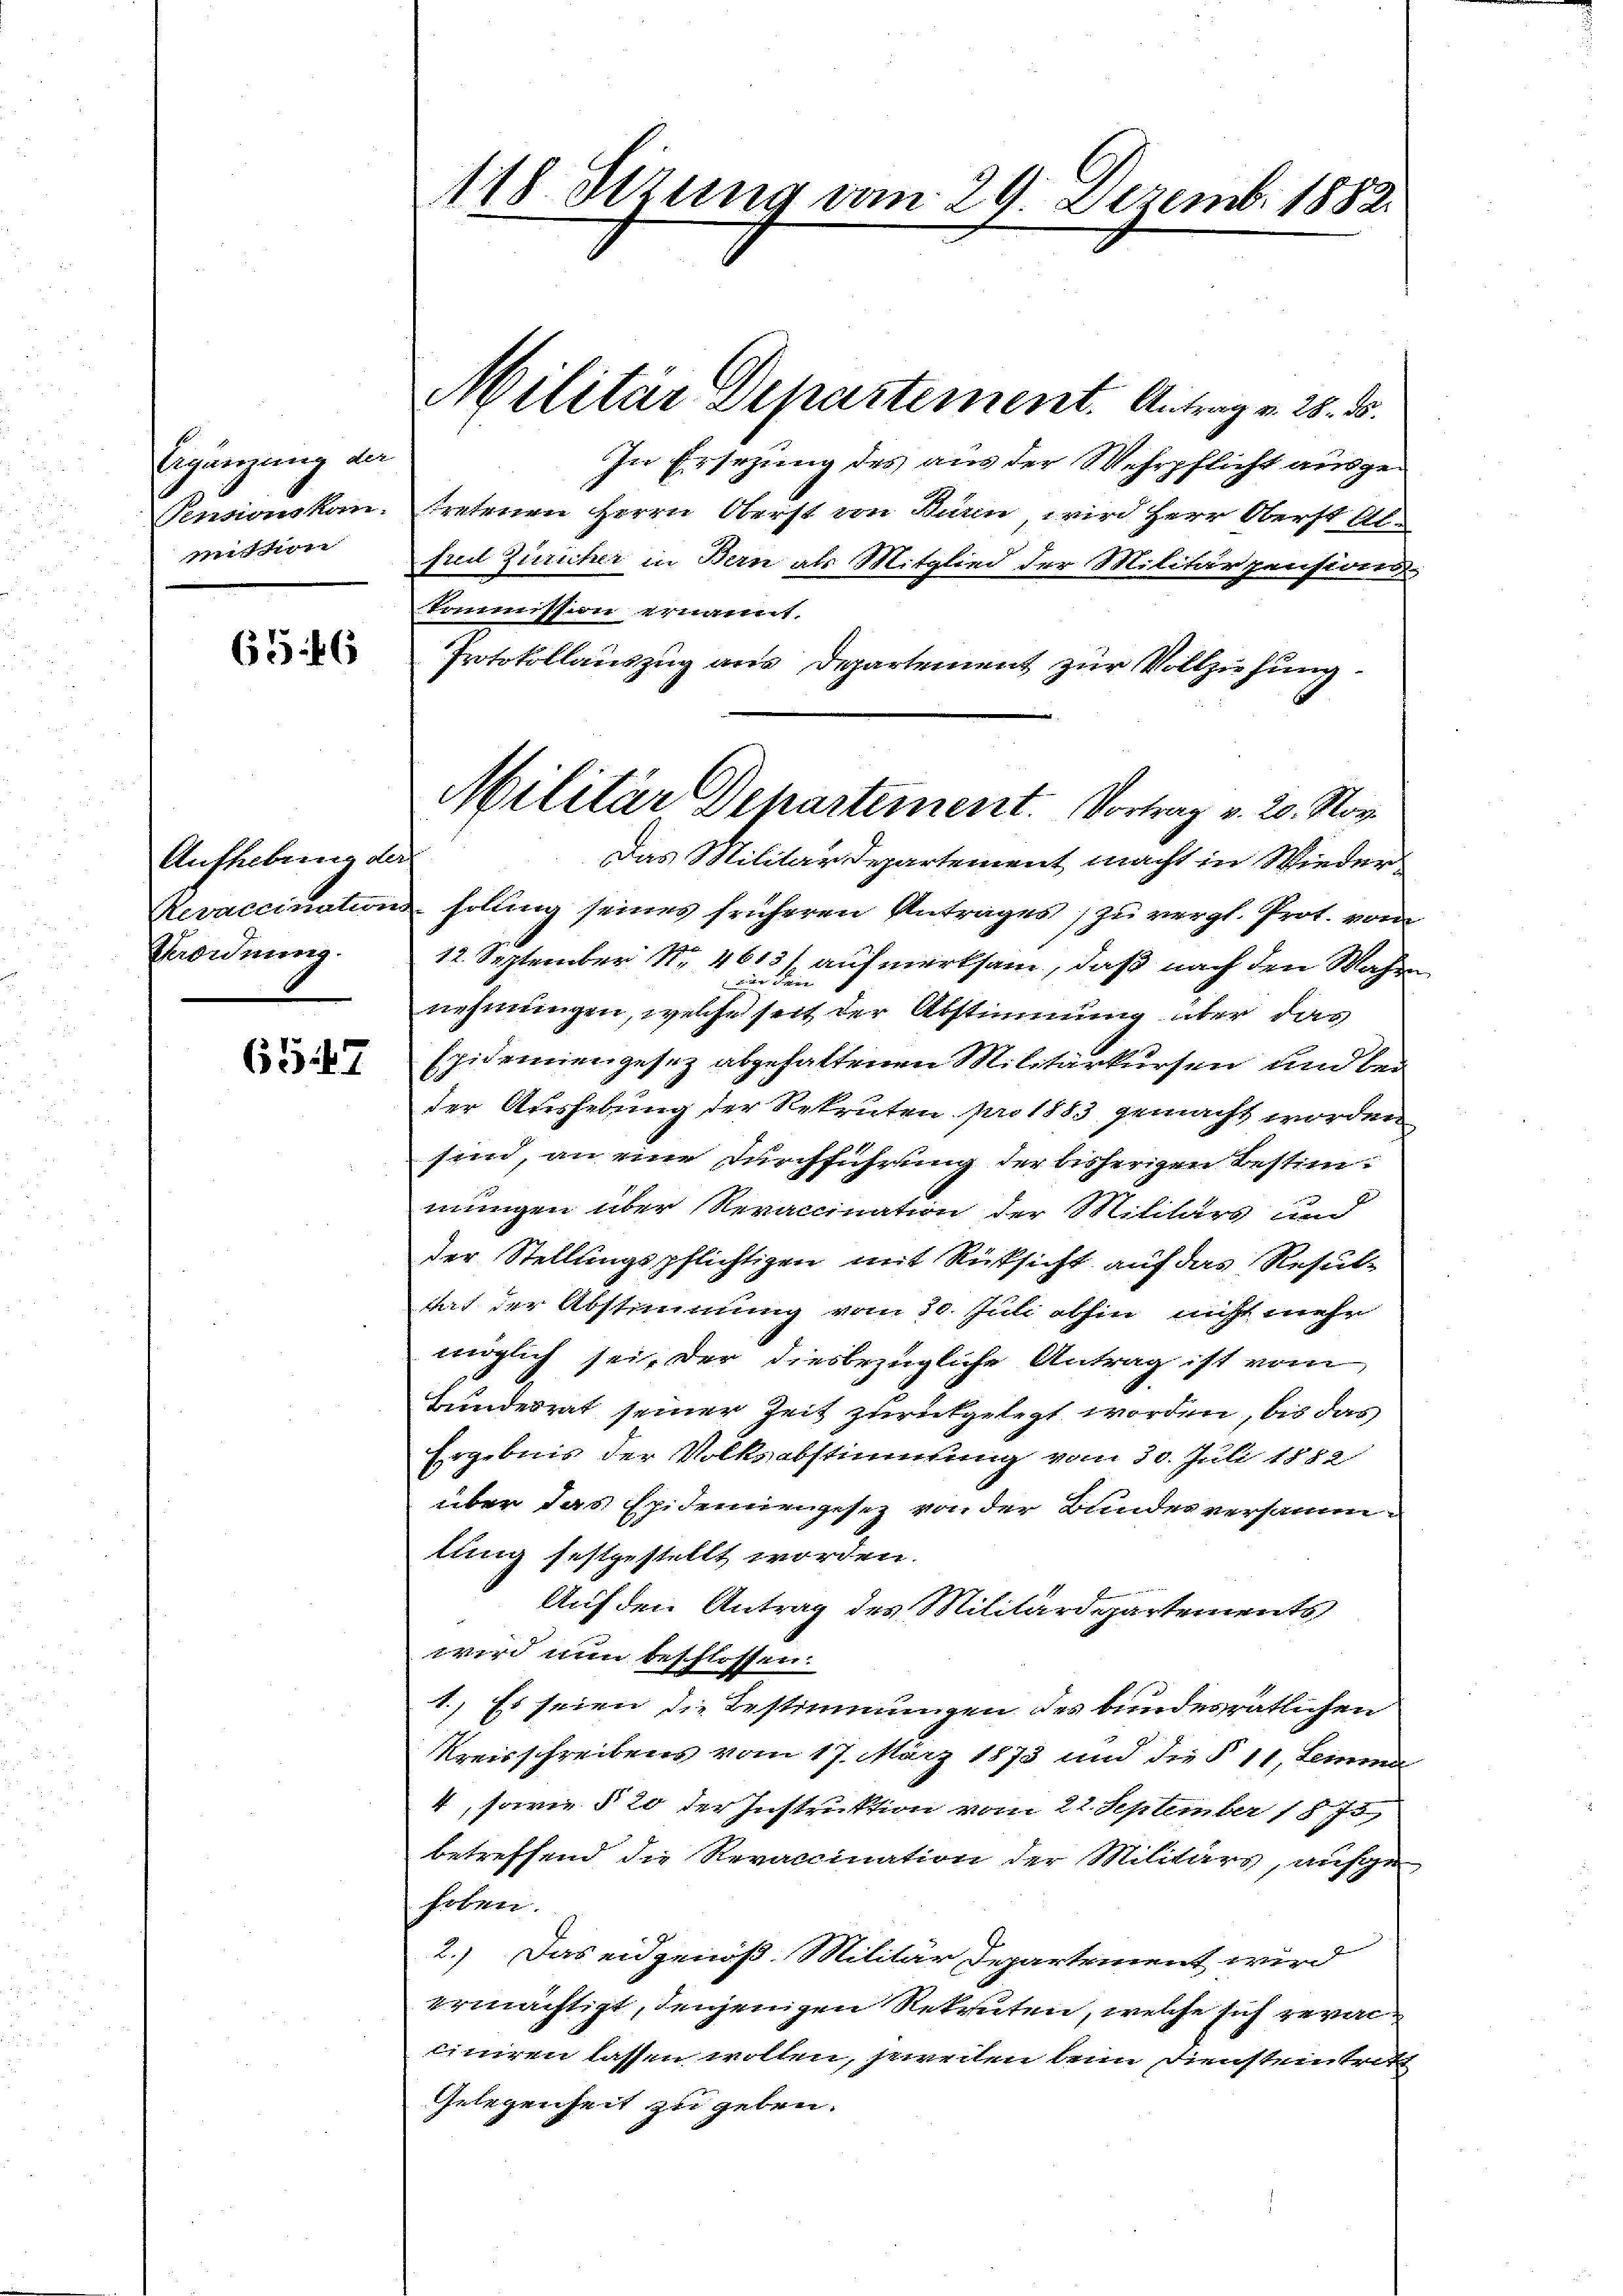
Begänzung der
Pensionskon.
Intern

656

Aufhebung der
Aevaccination
Verordnung.

65547

118. Atzung vom 29. Dezemb. 1882

Militar Departement. Antrag v. 28. d.

In Ersezung des aus der Wehrpflicht ausge
tretenen Herrn Oberst von Kann wird Herr Oberst Alpin Züricher in Bern als Mitglied der Militärpensions
Kommission ernannt.
Protokollauszug aus Departement zur Vollziehung.
Das Militärdepartement macht in Wieder
holung seines früheren Antrages, zu vergl. Prot. von
12. September Nr. 4613/ aufmerksam, daß nach den Mah
in F
nehmungen, welche seit der Abstimmung über das
Epidemien gesez abgehaltenen Militärkursen und bei
der Aushebung der Rekruten pro 1883 gemacht worden
sind, an eine Durchführung der bisherigen Bestimmungen über Revaccination der Militärs und
der Stellungspflichtigen mit Rücksicht auf das Resultat der Abstimmung vom 20. Juli abhin nicht mehr
möglich sei, der diesbezügliche Antrag ist vom
Bundesrat seiner Zeit zurückgelegt worden, bis das
Ergebnis der Volksabstimmung vom 30. Juli 1882
über das Epidemiengesez von der Bundes versammlung festgestellt worden.
Auf den Antrag des Militärdepartements,
wird nun beschlossen.
1.) Es seien die Bestimmungen des bundesrätlichen
Kreisschreibens vom 17. März 1873 und die § 11, Leinen
4, sowie § 20 der Instruktion vom 22. September 1875,
betreffend die Revaccination der Militärs, aufgehoben.
2.) Das eidgenöß. Militär Departement wurd
ermächtigt, denjenigen Rekruten, welche sich verac
liciren lassen wollen, jeweilen bei diensteintritt
Gelegenheit zu geben.

Militar Dehartement. Vortrag v. 20. Nov.